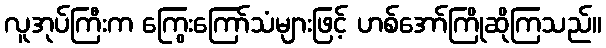
လူအုပ်ကြီးက ကြွေးကြော်သံများဖြင့် ဟစ်အော်ကြိုဆိုကြသည်။